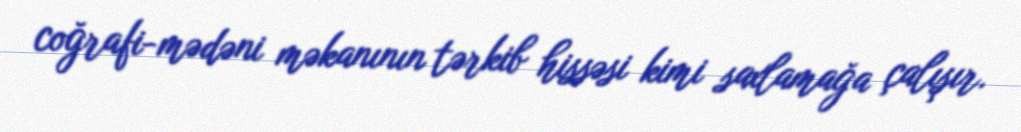
coğrafi-mədəni məkanının tərkib hissəsi kimi saxlamağa çalışır.